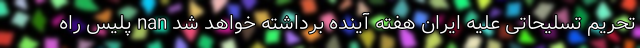
تحریم تسلیحاتی علیه ایران هفته آینده برداشته خواهد شد nan پلیس راه